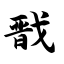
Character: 戬